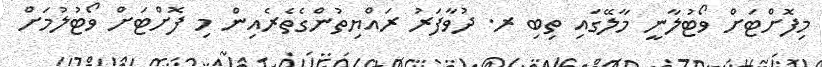
މިފޮށްޓަށް ވޯޓުލާނީ މާލޭގައި ތިބި ރ. ދުވާފަރު ރައްޔިތުންގެތެރެއިން މި ފޮށްޓަށް ވޯޓުލުމަށް